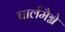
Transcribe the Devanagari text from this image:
चार्लमैग्ने